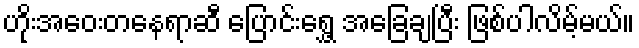
ဟိုးအဝေးတနေရာဆီ ပြောင်းရွှေ့ အခြေချပြီး ဖြစ်ပါလိမ့်မယ်။